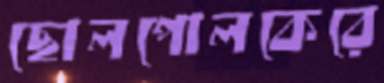
ছোলপোলকেরে